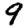
Digit: 9